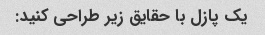
یک پازل با حقایق زیر طراحی کنید: